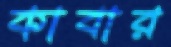
কাবার